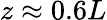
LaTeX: z\approx 0.6L